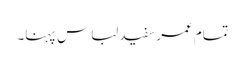
تمام عمر سفید لباس پہنا۔